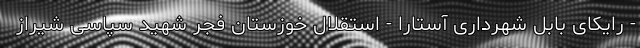
- رایکای بابل شهرداری آستارا - استقلال خوزستان فجر شهید سپاسی شیراز